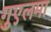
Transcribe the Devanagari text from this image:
गुएलमा